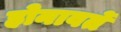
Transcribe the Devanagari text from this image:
होनावर्ते